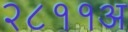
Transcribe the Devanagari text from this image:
२८११अ